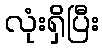
လုံးရှိပြီး